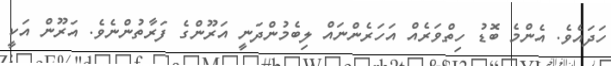
ހަދައެވެ. އެންމެ ބޮޑު ހިތްވަރެއް އަހަރެންނައް ލިބެމުންދަނީ އަރޫންގެ ފަރާތުންނެވެ. އަރޫން އަކީ